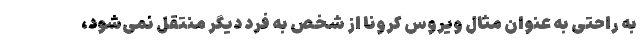
به راحتی به عنوان مثال ویروس کرونا از شخص به فرد دیگر منتقل نمی‌شود،